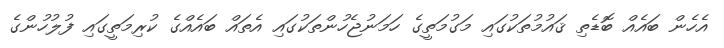
އެހެން ބައެއް ބޮޑެތި ޤައުމުތަކުގައި މަގުމަތީގެ ހަމަނުޖެހުންތަކުގައި އެތައް ބައެއްގެ ކުރިމަތީގައި ފުލުހުންގެ